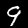
Digit: 9